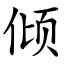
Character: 倾